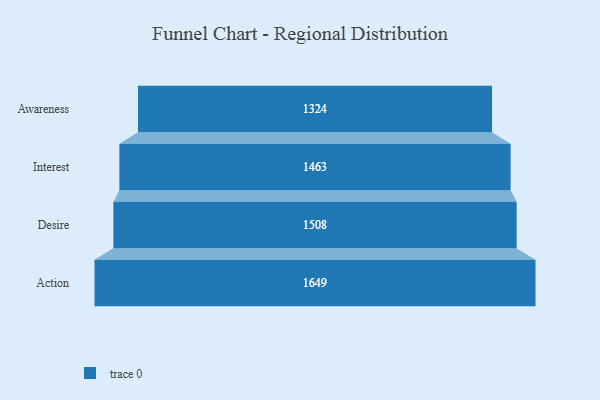
{"axis": {"x": "Stage", "y": "Value"}, "legend": [""], "data": [{"x": "Awareness", "y": 1324.0, "type": ""}, {"x": "Interest", "y": 1463.0, "type": ""}, {"x": "Desire", "y": 1508.0, "type": ""}, {"x": "Action", "y": 1649.0, "type": ""}]}